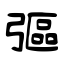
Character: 彄